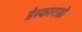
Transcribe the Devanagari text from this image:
डेस्काराडो